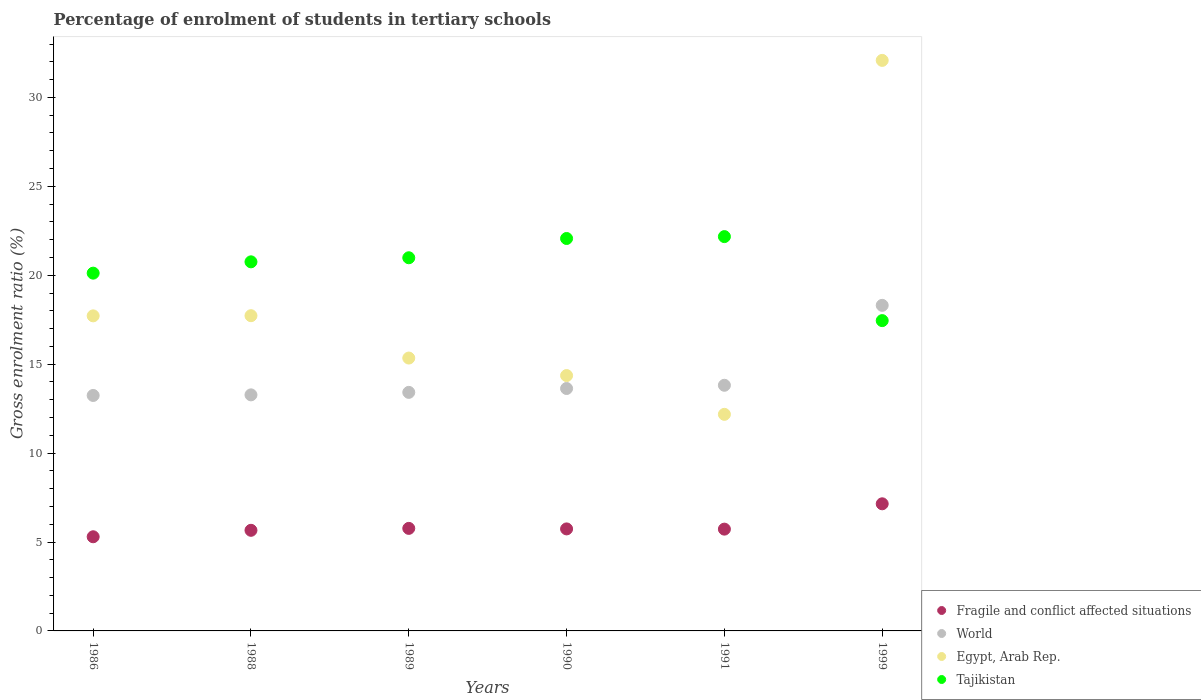
| Years | Fragile and conflict affected situations | World | Egypt, Arab Rep. | Tajikistan |
 | --- | --- | --- | --- | --- |
 | 1986 | 5.29 | 13.2 | 17.7 | 20.1 |
 | 1988 | 5.66 | 13.3 | 17.7 | 20.8 |
 | 1989 | 5.77 | 13.4 | 15.3 | 21 |
 | 1990 | 5.74 | 13.6 | 14.4 | 22.1 |
 | 1991 | 5.72 | 13.8 | 12.2 | 22.2 |
 | 1999 | 7.15 | 18.3 | 32.1 | 17.4 |